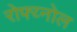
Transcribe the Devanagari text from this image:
रोफ्य्नोल